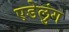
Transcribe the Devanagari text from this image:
एडेलुंग